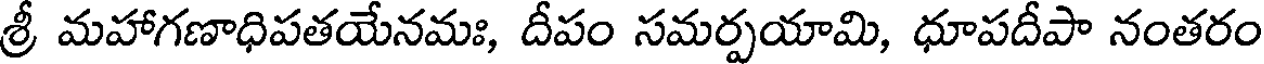
శ్రీ మహాగణాధిపతయేనమః, దీపం సమర్పయామి, ధూపదీపా నంతరం